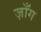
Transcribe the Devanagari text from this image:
ज़ाँग